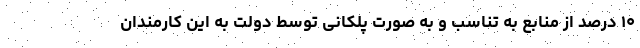
۱۰ درصد از منابع به تناسب و به صورت پلکانی توسط دولت به این کارمندان